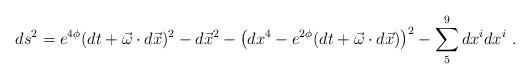
LaTeX: \begin{align*}ds^2 = e^{4\phi} (dt +\vec \omega \cdot d \vec x) ^2 - d \vec x^2 - \left(dx^4 -e^{2\phi} (dt + \vec \omega \cdot d\vec x)\right)^2 - \sum_5^9 d x^{i}d x^{i} \ .\end{align*}